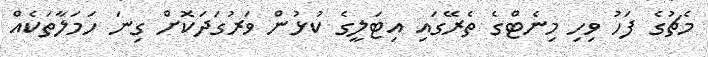
މެޗުގެ ފަހު ވިހި މިނެޓްގެ ތެރޭގައި އިޓަލީގެ ކުޅުން ވަރުގަދަކޮށް ގިނަ ހަމަލާތަކެއް